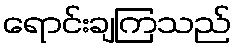
ရောင်းချကြသည်